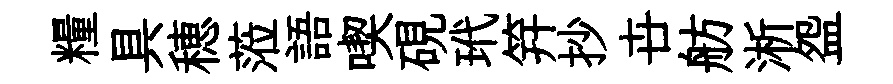
糧具穂蒞語喫硯玳笄抄卋舫淅盌